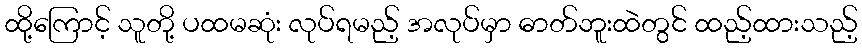
ထို့ကြောင့် သူတို့ ပထမဆုံး လုပ်ရမည့် အလုပ်မှာ ဓာတ်ဘူးထဲတွင် ထည့်ထားသည့်